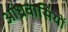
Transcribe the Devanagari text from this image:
आंध्रवासियों